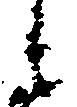
候